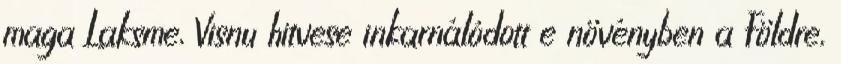
maga Laksme, Visnu hitvese inkarnálódott e növényben a Földre,